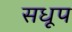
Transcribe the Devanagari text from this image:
सधूप